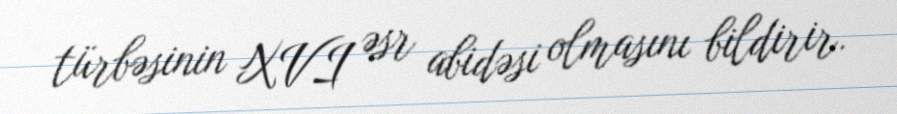
türbəsinin XVI əsr abidəsi olmasını bildirir.